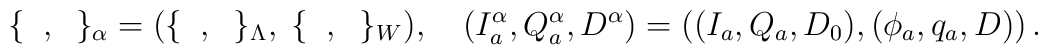
\{\;\;,\;\;\}_{\alpha}=(\{\;\;,\;\;\}_{\Lambda},\;\{\;\;,\;\;\}_{W}),\quad\left(I^{\alpha}_a, Q^{\alpha}_a, D^{\alpha}\right)=\left( (I_a, Q_a, D_0), (\phi_a, q_a, D)\right). \nonumber